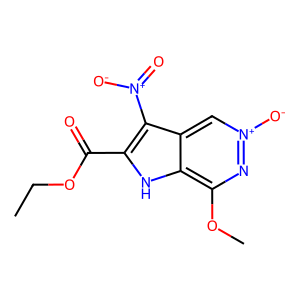
SMILES: CCOC(=O)c1[nH]c2c(OC)n[n+]([O-])cc2c1[N+](=O)[O-]
Inhibits HIV replication: No